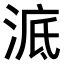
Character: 𣷳